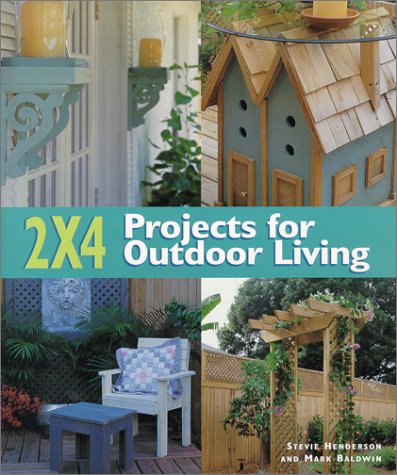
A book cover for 2 X 4 Projects For Outdoor Living; Stevie Henderson; Crafts, Hobbies & Home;